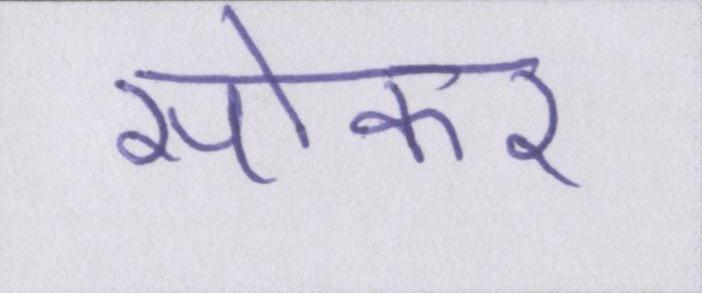
सोकर